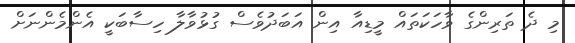
މި ދެ ތަރިންގެ ވާހަކަތައް މީޑިއާ އިން އަބަދުވެސް ގުޅުވާލާ ހިސާބަކީ އެންމެންނަށް